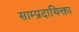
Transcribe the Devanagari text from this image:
साम्प्रदायिक्ता